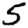
Digit: 5